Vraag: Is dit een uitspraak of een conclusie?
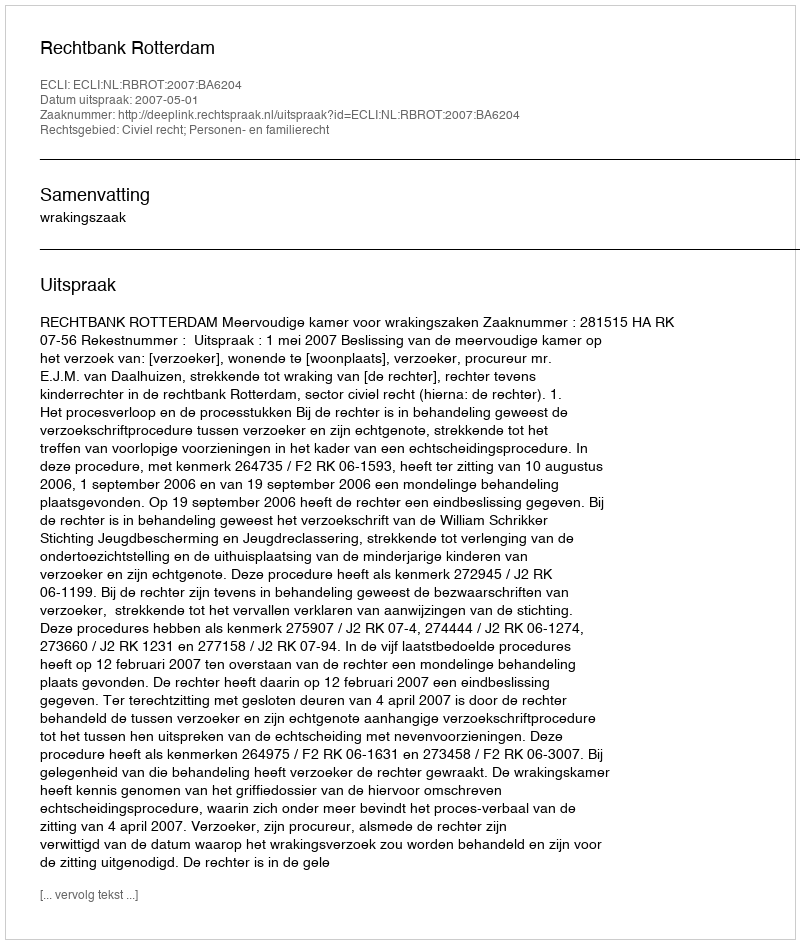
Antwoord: Uitspraak